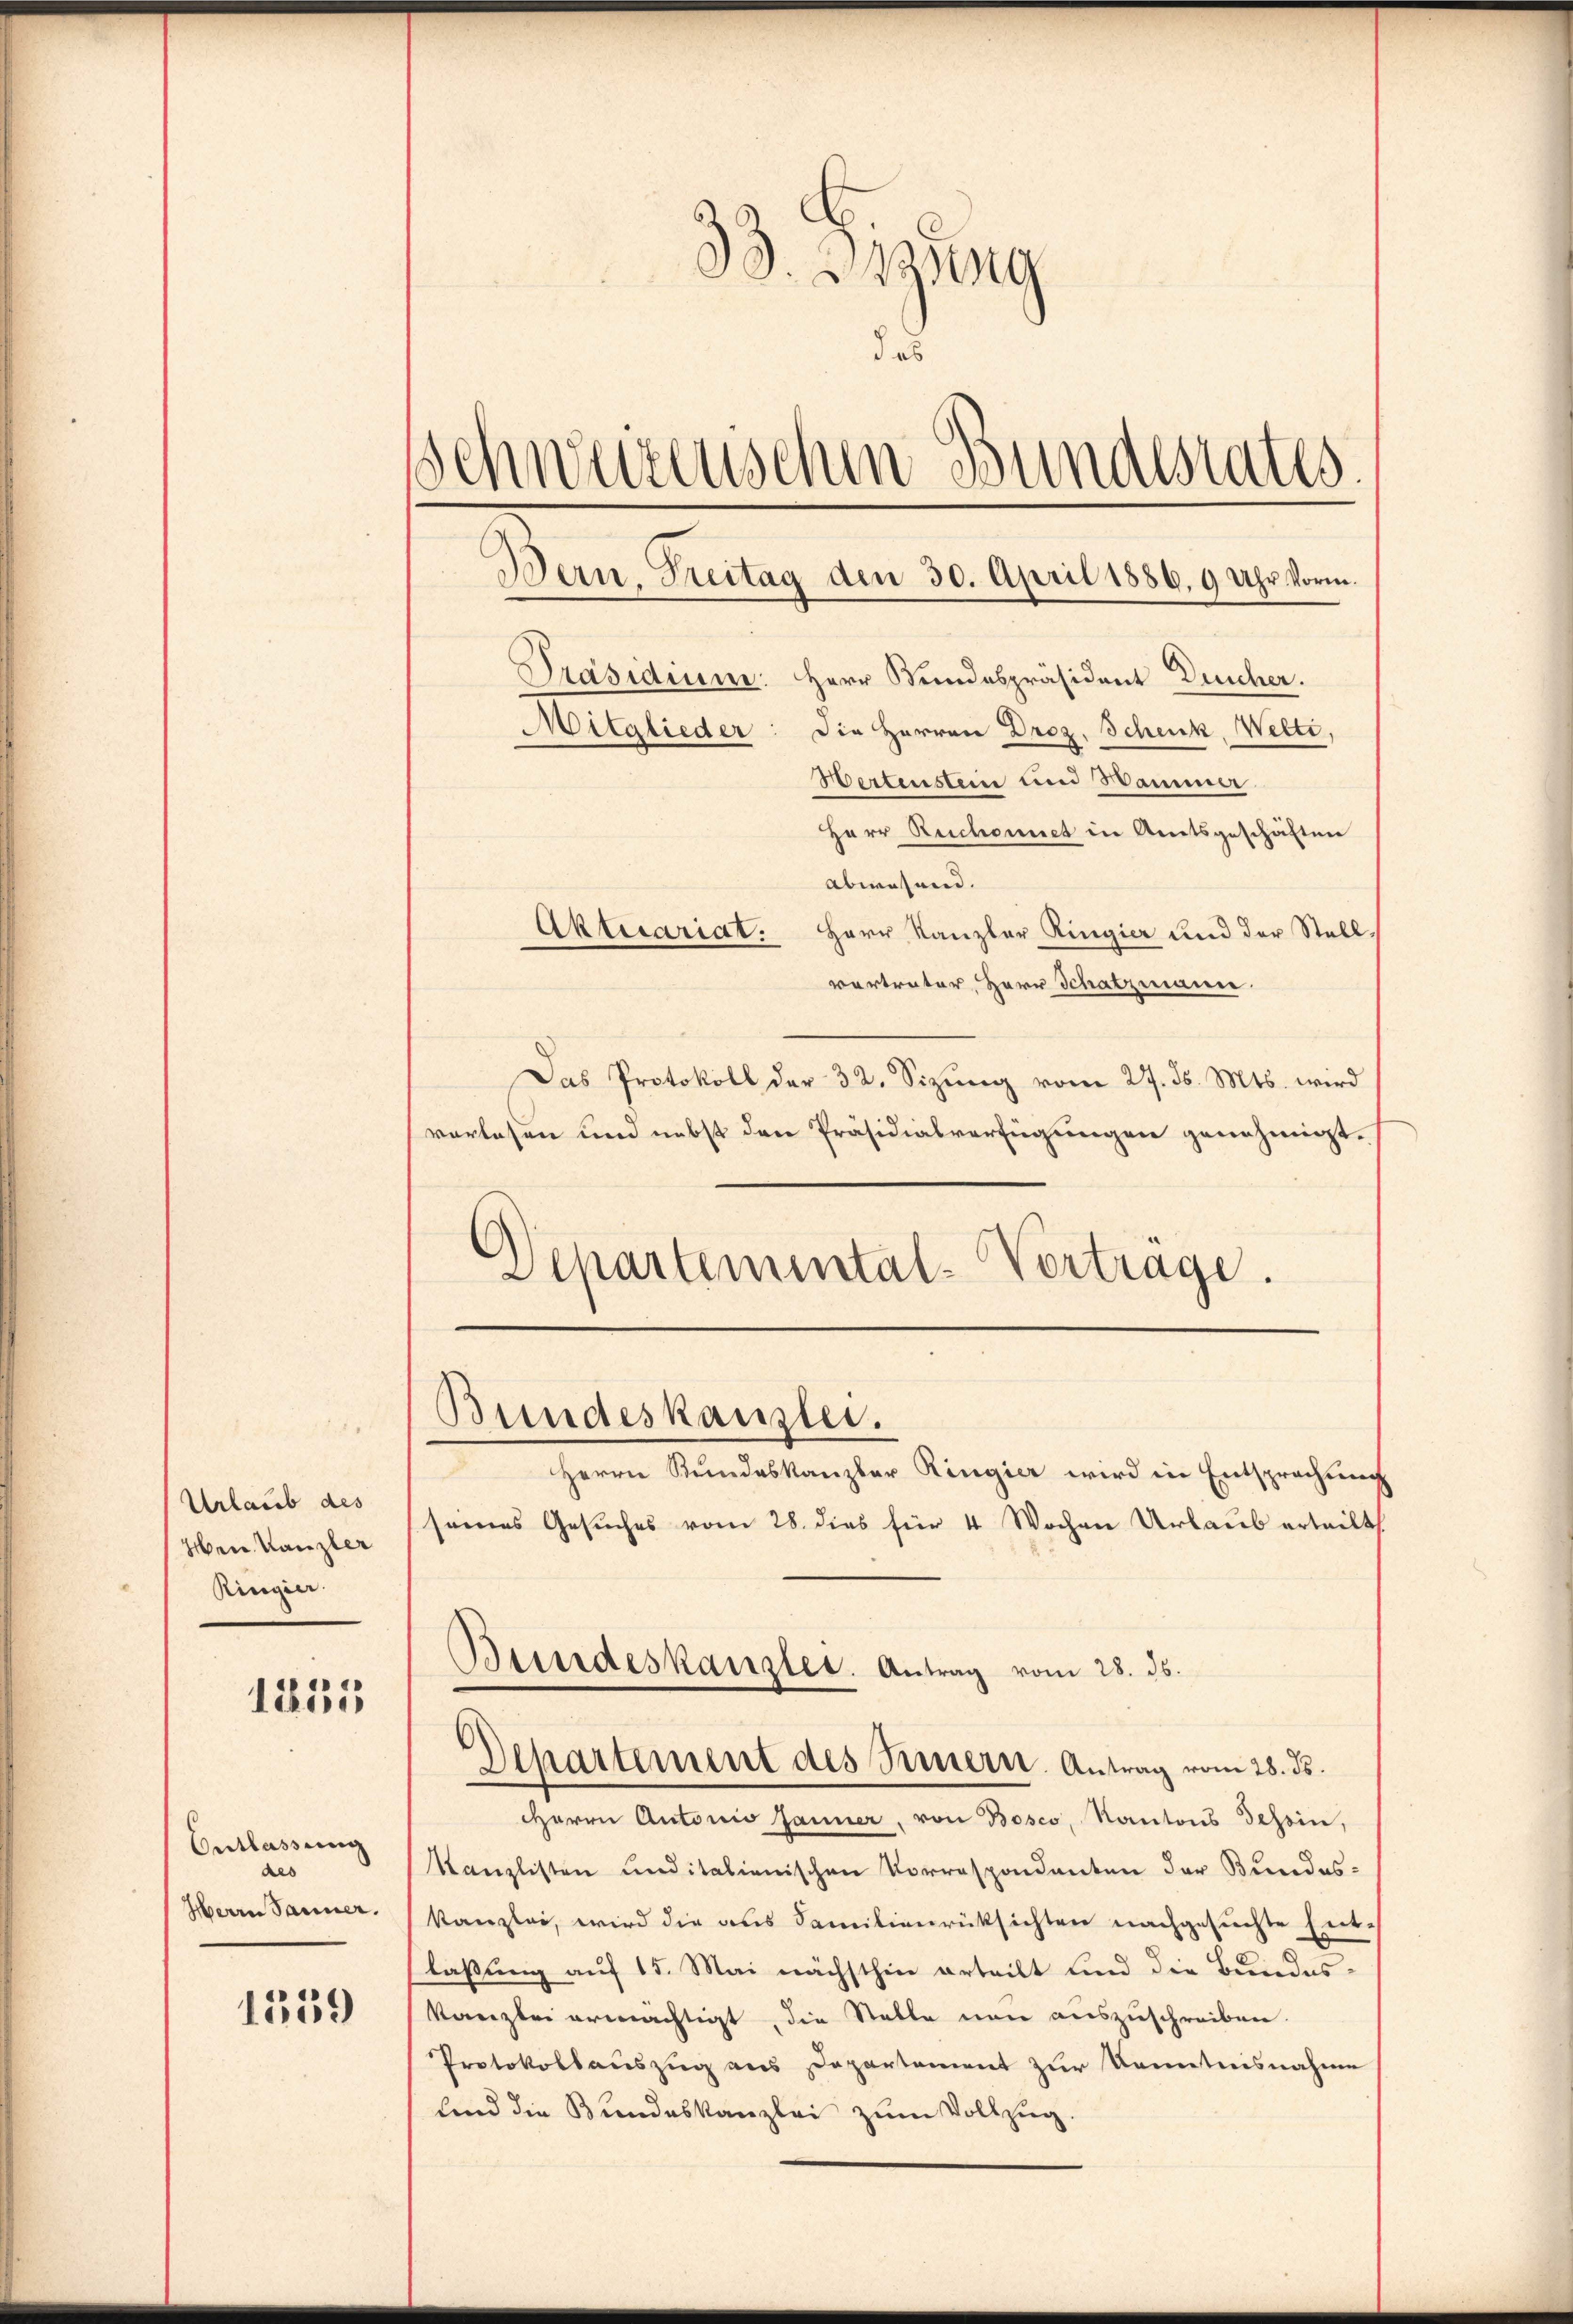
Urlaub des
Hen Kanzler
Ringier.

1255

Entlassung
des
Herrn Jänner.

1559

33. Banng
das
Schweizerischen Bundesrates.
Bern, Treitag den 30. April 1886. 9 Uhr Vorm.
Präsidium: Herr Stundespräsident Deicher.
Mitglieder: die Herren Droz. Schenk, Welti,
Wertenstein und Samme

Herr Ruchonnet in Amtsgeschäften
abwesend.
Aktesariat. Herr Kanzler Ringier und der Stall-
vertreter, Herr Schatzmann.
Das Protokoll der 32. Sizŭng vom 27. ds. Mts. wird
vorlesen und nebst den Präsidialverfügungen genehmigt.
Departemental-Vertrage.

Bundeskanzlei.

Biindeskanzler. Antrag vom 28. ds.
Departement des Innern. Antrag vom 28. ds.

Herrn Stundeskanzler Ringier wird in Entsprechung
seines Gesuches vom 28. dies für 4 Wochen Urlaub erteilt
Herrn Autorio Jänner, von Bosco, Kantons Tessin,
Kanzlisten und italienischen Vorrespondanten der Bundes-
kanzlei, wird die aus Familienrücksichten nachgesuchte Ent-
laßung auf 15. Mai nächsthin erteilt und die Bundes-
kanzlei ermächtigt, die Stelle non auszuschreiben.
Protokollauszug aus Departement zur Kenntnisnahme
lind die Bundeskanzlei zum Vollzug.